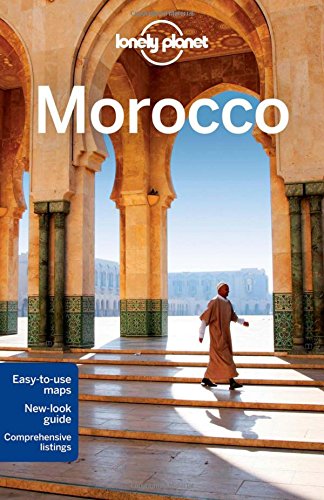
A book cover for Lonely Planet Morocco (Travel Guide); James Bainbridge; Travel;